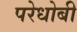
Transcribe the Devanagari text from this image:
परेधोबी